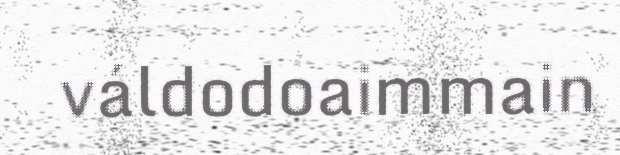
váldodoaimmain